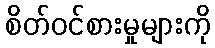
စိတ်ဝင်စားမှုများကို